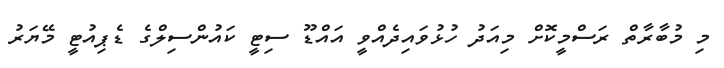
މި މުބާރާތް ރަސްމީކޮށް މިއަދު ހުޅުވައިދެއްވީ އައްޑޫ ސިޓީ ކައުންސިލްގެ ޑެޕިއުޓީ މޭޔަރު